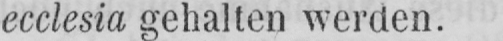
ecclesia gehalten werden.